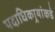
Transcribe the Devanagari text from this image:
पदाधिकार्‍यांकडे